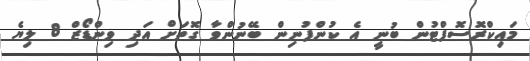
މައިކްރޮސޮފްޓުން ބުނީ އެ ކުންފުނިން ބޭނުންވާ ގޮތަށް އަދި ވިންޑޯޒް 8 ލިޔެ